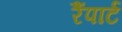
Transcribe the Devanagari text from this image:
रैंपार्ट